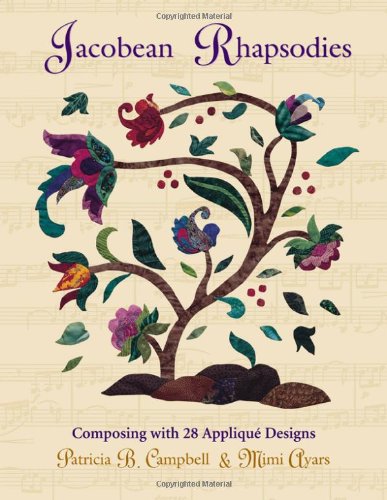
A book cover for Jacobean Rhapsodies: Composing with 28 Applique Designs; Patricia B. Campbell; Crafts, Hobbies & Home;